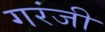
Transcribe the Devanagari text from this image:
गरंजी